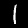
Digit: 1